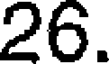
26.